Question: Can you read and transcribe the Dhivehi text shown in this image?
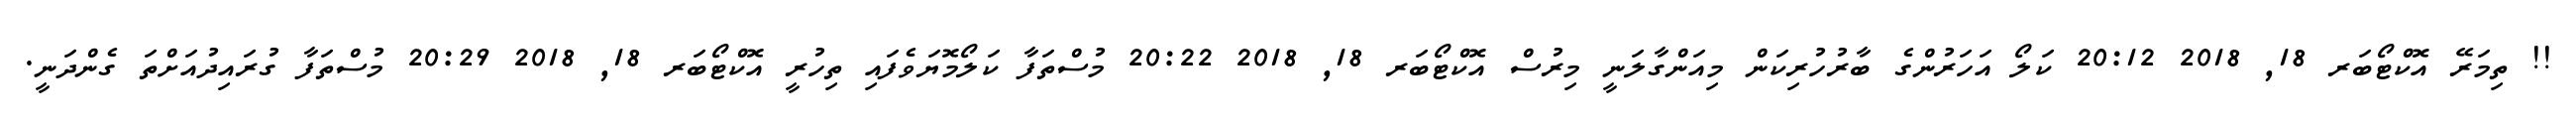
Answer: !! ތިމަރޭ އޮކްޓޯބަރ 18, 2018 20:12 ކަލޯ އަހަރުންގެ ބާރުހުރިކަން މިއަންގާލަނީ މިރުސް އޮކްޓޯބަރ 18, 2018 20:22 މުސްތަފާ ކަލޯމޮޔަވެފައި ތިހުރީ އޮކްޓޯބަރ 18, 2018 20:29 މުސްތަފާ ގުރައިދުއަށްތަ ގެންދަނީ.